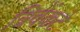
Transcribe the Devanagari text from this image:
त्रिवेंकटे